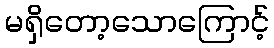
မရှိတော့သောကြောင့်